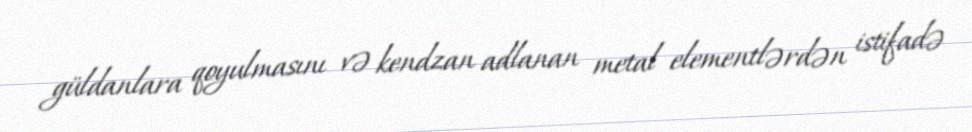
güldanlara qoyulmasını və kendzan adlanan metal elementlərdən istifadə